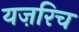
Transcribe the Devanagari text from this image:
यज़रिच